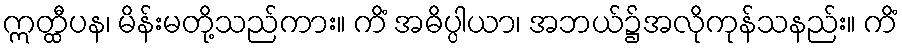
ဣတ္ထီပန၊ မိန်းမတို့သည်ကား။ ကိံ အဓိပ္ပါယာ၊ အဘယ်၌အလိုကုန်သနည်း။ ကိံ